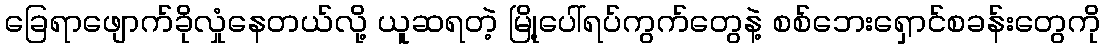
ခြေရာဖျောက်ခိုလှုံနေတယ်လို့ ယူဆရတဲ့ မြို့ပေါ်ရပ်ကွက်တွေနဲ့ စစ်ဘေးရှောင်စခန်းတွေကို